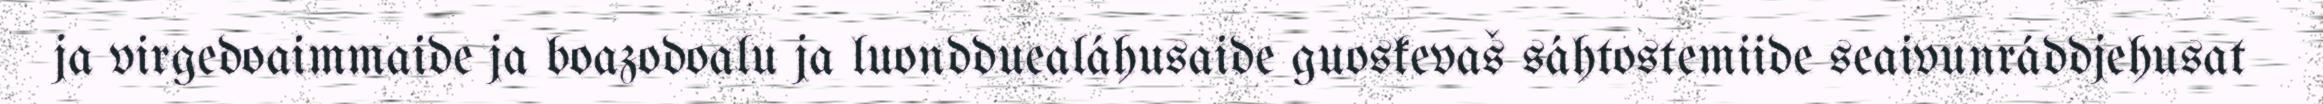
ja virgedoaimmaide ja boazodoalu ja luondduealáhusaide guoskevaš sáhtostemiide seaivunráddjehusat